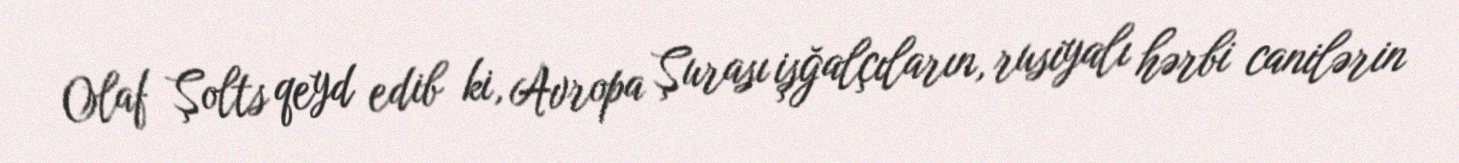
Olaf Şolts qeyd edib ki, Avropa Şurası işğalçıların, rusiyalı hərbi canilərin